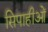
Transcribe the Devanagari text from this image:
सिपाहीओं